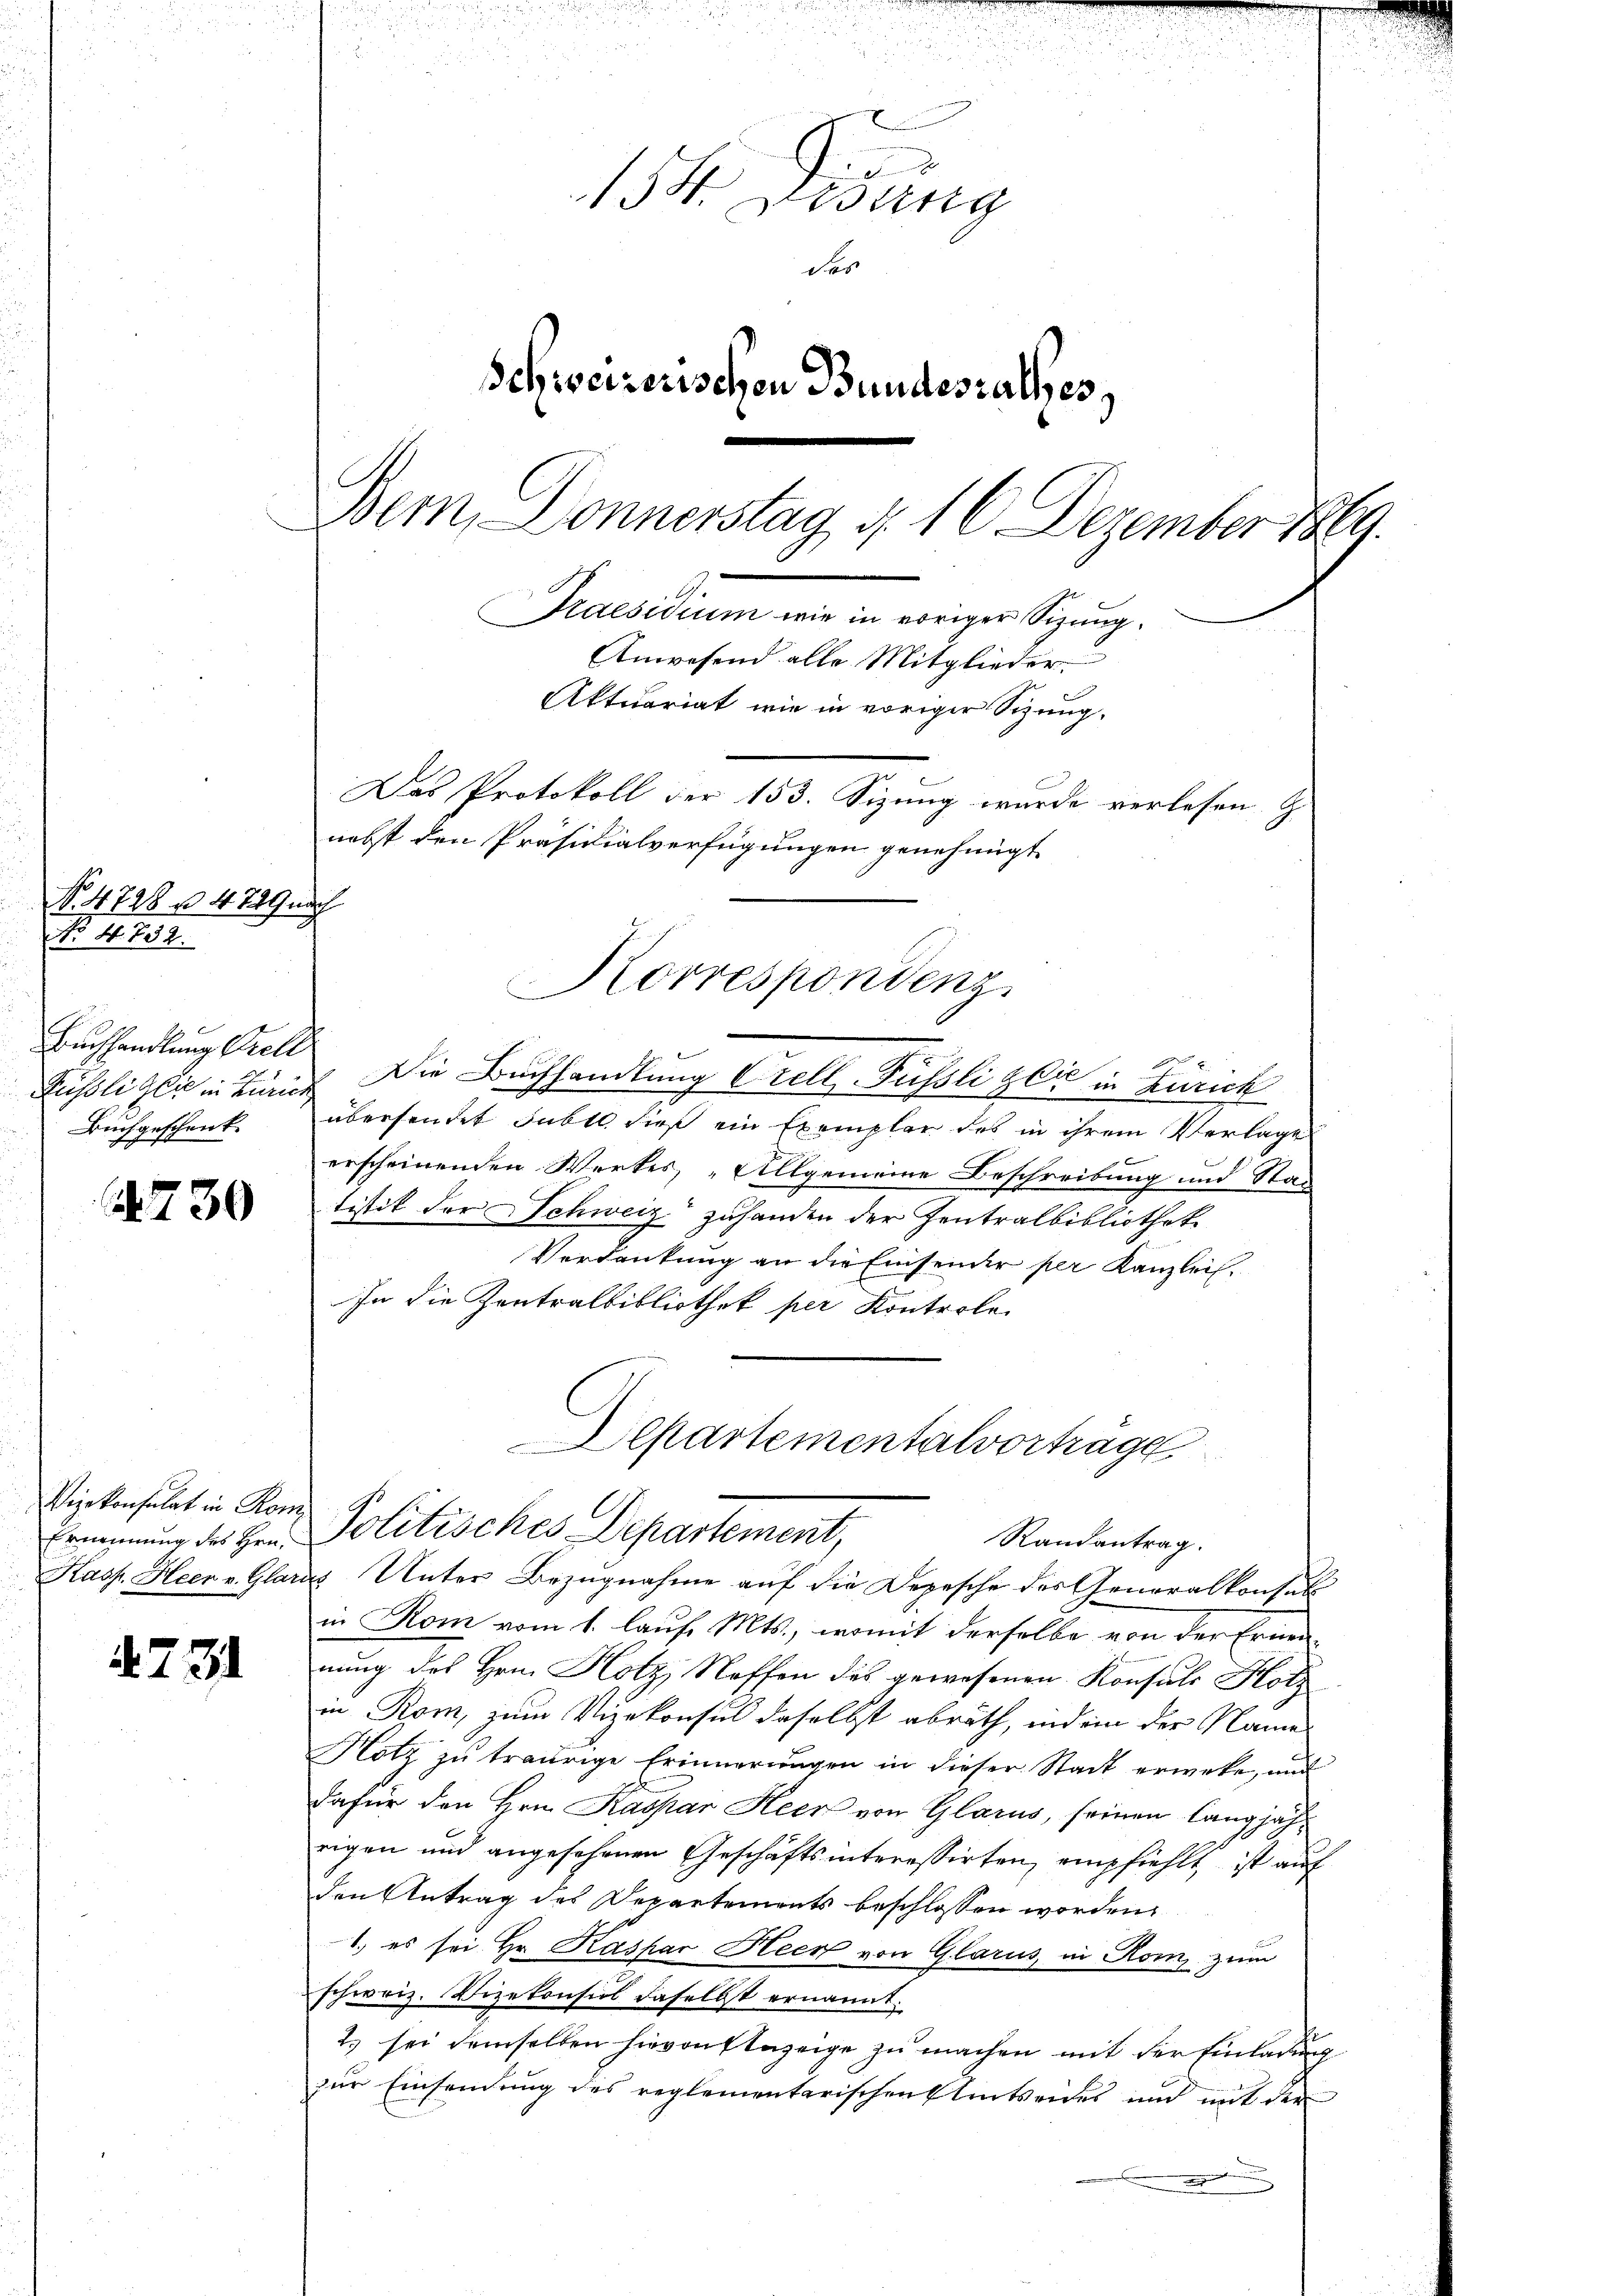
No 4798 u. 4849 auch
No. 44. 732.

730

4731

Buchhandlung Stell
Buchgeschenk.

Vizekonsulat in Kom
Ernennung des Hrn.

2
15. Lesung
des
Schweizerischen Bundeszalles
Bem, Donnerstag d. 16 Dezember 1869.
Praesidium wie in voriger Sizung.
Anwesend alle Mitglieder
Aktuariat wie in voriger Sizung.
Das Protokoll der 153. Sizung wurde verlesen G
nebst den Präsidialverfügungen genehmigt.

Füßligli in ein Die Buchhandlung Crell Füssli gli in Zürich
übersendet subte, dieß ein Exemplar des in ihrem Verlage
erscheinenden Werkes, „Allgemeine Beschreibung und Stan
tistik der Schweiz zuhanden der Zentralbibliothek
Verdankung an die Einsender per Kanzlei-
In die Zentralbibliothek per Kontrole.
Kass. Heer v. Glarus Unter Bezugnahme auf die Depesche des Generalkonsul
in Kom vom 1. lauf Mts., womit derselbe von der Ernennung des Hrn. Hotz Neffen des gewesenen Konsuls Hotz
in Rom, zum Vizekonsul daselbst abrath, indem der Name
Hotz zu traurige Erinnerungen in dieser Stadt erwake, und
dafür den Hrn. Kaspar Heer von Glarus, seinen langjährigen und angesehenen Geschäftsinteressirten, empfiehlt, ist auf
den Antrag des Departements beschlossen worden,
1.) es sei Hr. Kaspar Heer von Glarus in Rom zum
schweiz. Vizekonsul daselbst ernannt.
2) sei demselben hievon flezeige zu machen mit der Einladung
zŭr Einsendŭng des reglementarischen Einweides und mit der
.

Korrespondenz

Aepartementalvortrage
Politisches Departement,
Randantrag.